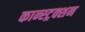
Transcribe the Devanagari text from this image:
कान्स्ट्रक्शन